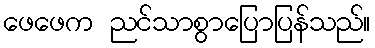
ဖေဖေက ညင်သာစွာပြောပြန်သည်။